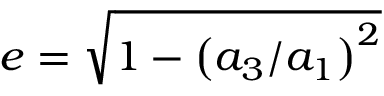
e = \sqrt { 1 - \left( a _ { 3 } / a _ { 1 } \right) ^ { 2 } }